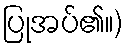
ပြုအပ်၏။)